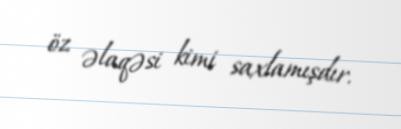
öz əlaqəsi kimi saxlamışdır.